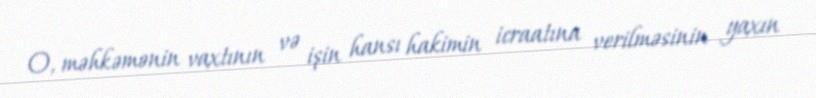
O, məhkəmənin vaxtının və işin hansı hakimin icraatına verilməsinin yaxın